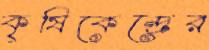
কৃষিকেন্দ্রের